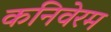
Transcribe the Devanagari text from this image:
कनिवेरम